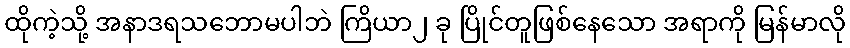
ထိုကဲ့သို့ အနာဒရသဘောမပါဘဲ ကြိယာ၂ ခု ပြိုင်တူဖြစ်နေသော အရာကို မြန်မာလို